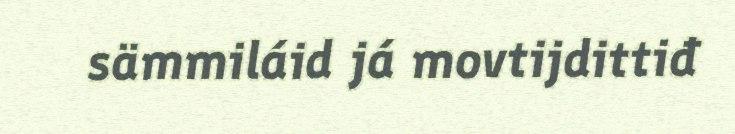
sämmiláid já movtijdittiđ